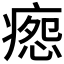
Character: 𰣸